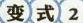
变式2